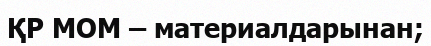
ҚР МОМ – материалдарынан;